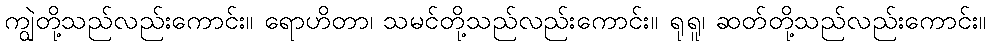
ကျွဲတို့သည်လည်းကောင်း။ ရောဟိတာ၊ သမင်တို့သည်လည်းကောင်း။ ရုရူ၊ ဆတ်တို့သည်လည်းကောင်း။